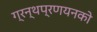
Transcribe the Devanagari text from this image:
ग्रन्थप्रणयनकाे